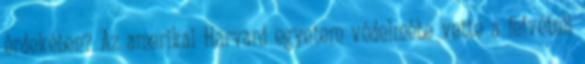
érdekében? Az amerikai Harvard egyetem védelmébe vette a felvételi